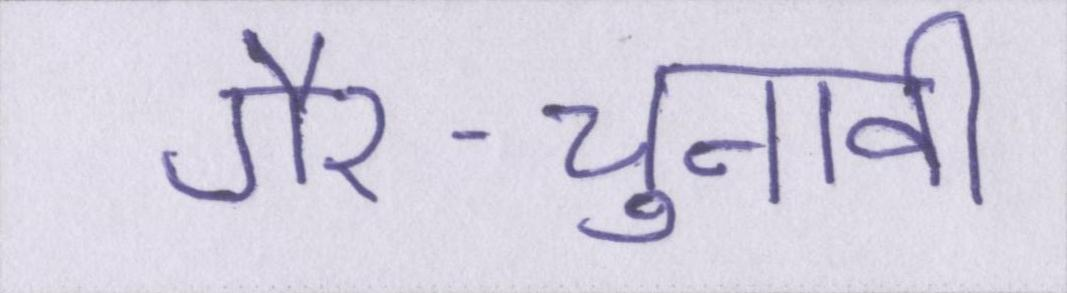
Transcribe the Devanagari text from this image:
गैर-चुनावी